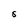
Character: S